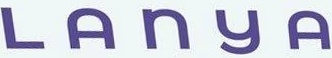
LANYA